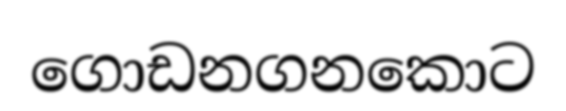
ගොඩනගනකොට